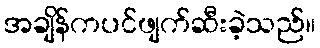
အချိန်ကပင်ဖျက်ဆီးခဲ့သည်။